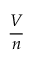
\frac { V } { n }